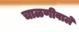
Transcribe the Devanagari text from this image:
चाळणीवाले